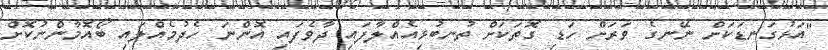
"އަޅުގަނޑަކަށް ނޭނގެ ވަރަށް ހަޑި ގޮތަކަށް ތުނބުޅިއެއްލާފައި ދާވެފައި އޮންނަ ހެދުމެއްލައި ބޯއޮމާންނުކޮށް